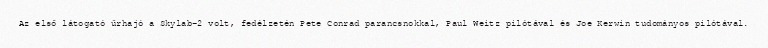
Az első látogató űrhajó a Skylab–2 volt, fedélzetén Pete Conrad parancsnokkal, Paul Weitz pilótával és Joe Kerwin tudományos pilótával.